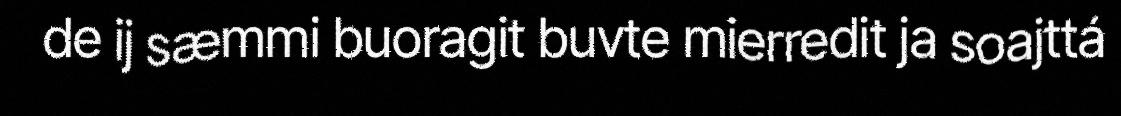
de ij sæmmi buoragit buvte mierredit ja soajttá